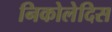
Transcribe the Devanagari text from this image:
निकोलेदिस